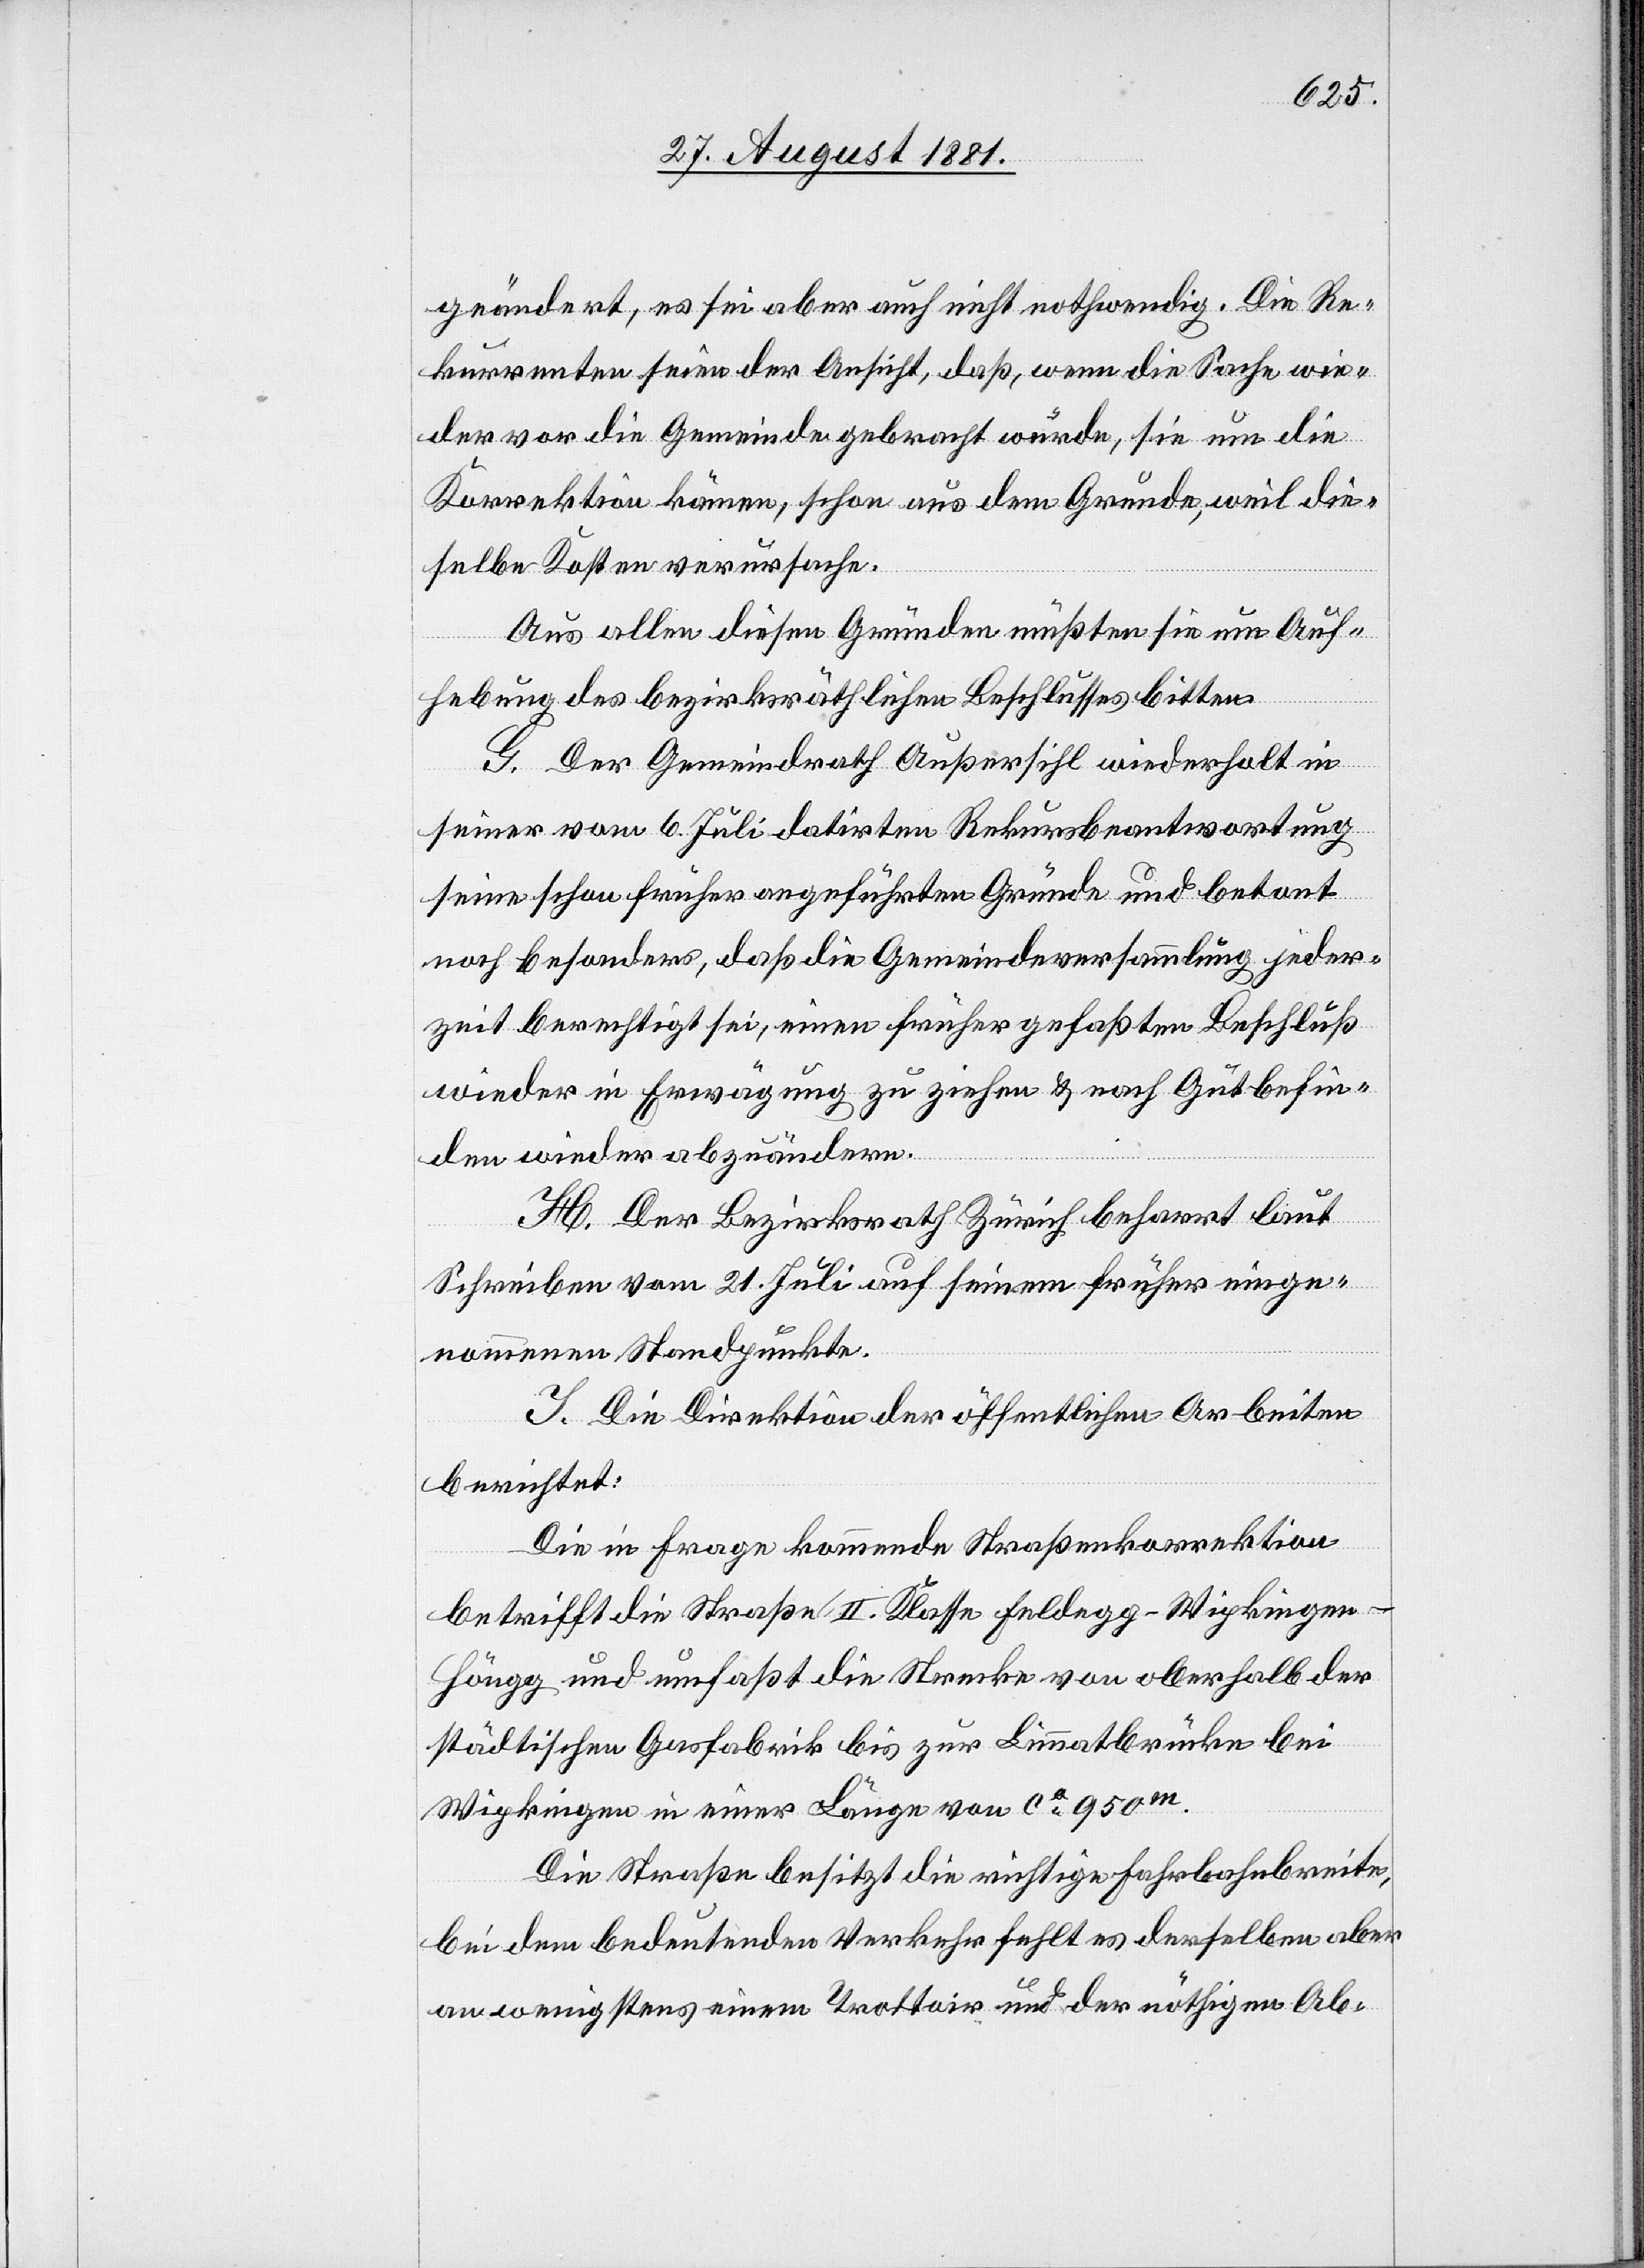
geändert, es sei aber auch nicht nothwendig. Die Re¬
kurrenten seien der Ansicht, daß, wenn die Sache wie¬
der vor die Gemeinde gebracht würde, sie um die
Korrektion kämen, schon aus dem Grunde, weil die¬
selbe Kosten verursache.
Aus allen diesen Gründen müßten sie um Auf¬
hebung des bezirksräthlichen Beschlusses bitten.
G. Der Gemeindrath Außersihl wiederholt in
seiner vom 6. Juli datirten Rekursbeantwortung
seine schon früher angeführten Gründe und betont
noch besonders, daß die Gemeindeversammlung jeder¬
zeit berechtigt sei, einen früher gefaßten Beschluß
wieder in Erwägung zu ziehen & nach Gutbefin¬
den wieder abzuändern.
H. Der Bezirksrath Zürich beharrt laut
Schreiben vom 21. Juli auf seinem früher einge¬
nommenen Standpunkte.
I. Die Direktion der öffentlichen Arbeiten
berichtet:
Die in Frage kommende Straßenkorrektion
betrifft die Straße II. Klasse Feldegg–Wipkingen–H¬
öngg und umfaßt die Strecke von oberhalb der
städtischen Gasfabrik bis zur Limmatbrücke bei
Wipkingen in einer Länge von ca. 950m.
Die Straße besitzt die richtige Fahrbahnbreite,
bei dem bedeutenden Verkehr fehlt es derselben aber
an wenigstens einem Trottoir und der nöthigen Ab-